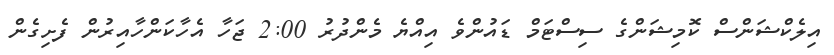
އިލެކްޝަންސް ކޮމިޝަންގެ ސިސްޓަމް ޑައުންވެ އިއްޔެ މެންދުރު 2:00 ޖަހާ އެހާކަންހާއިރުން ފެށިގެން